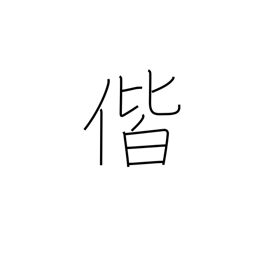
Meaning: together